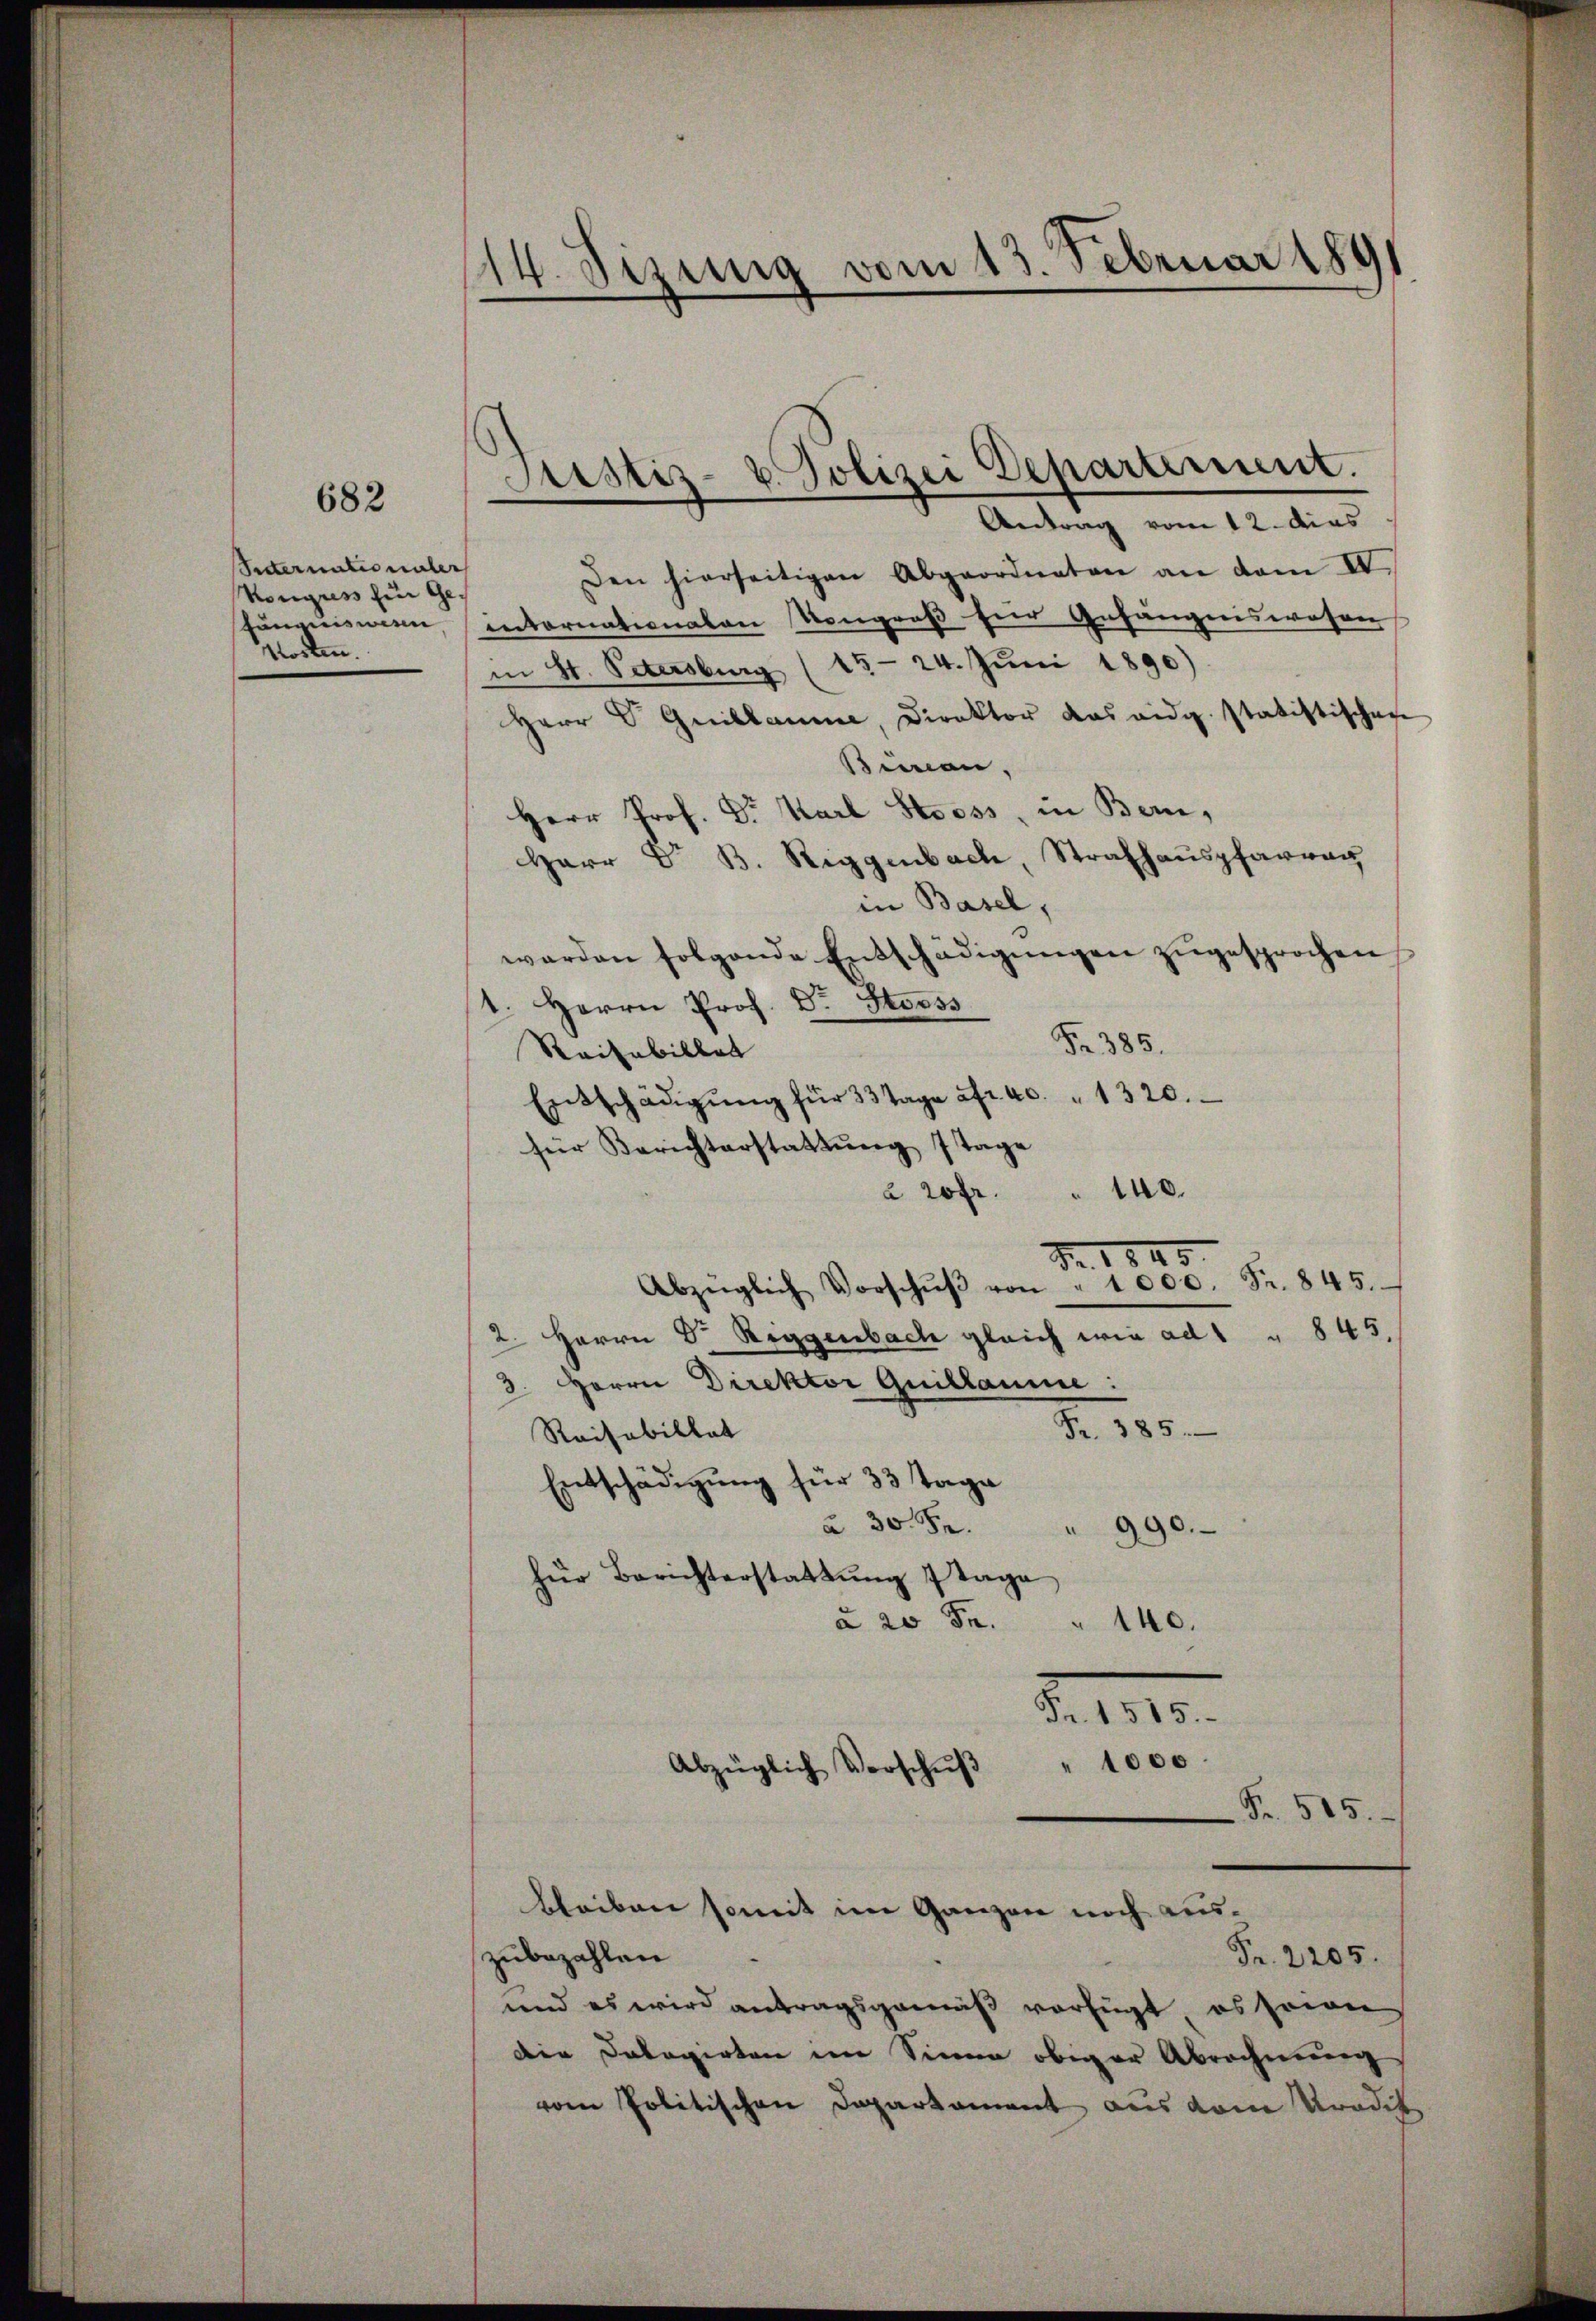
682

Secternationaler
Kongress ein Getunquis wen
Worten.

14. Sizung vom 13. Februar 1891

Justiz- u. Polizei Departement.

Antrag vom 12. dies
Den hierseitigen Abgeordneten an dem IV.
intornationalen Kongreß für Gefängniswehrer
in St. Petersburg (1524. Juni 1890)
Herr P. Guillamme, Direktor das eidg. statistischen
Beman,
Herr Prof. Dr. Karl Stooss, in Bern,
Herr Dr B. Riggenbach, Strafhauspfarren
in Basel,
werden folgende Entschädigŭngen zugesprochen
1. Herrn Prof. Dr. Stooss
Fr. 385.
Reitabillet
Entschädigŭng für 33 Tage fr. 40 " 1320.
für Berichterstattŭng 7tage
140.
à 20fr.
Nr. 1845
Abzüglich Vorschŭβ von " 1000. Fr. 845.
2. Herrn Dr. Riggenbach gleich wie ad " " 845,
3. Herrn Direktor Guillaume:
N. 110
Raisabillat
Entschädigung für 33 Tage
à 30. S.
" 990.
für Berichterstattung 7 Tage
à 20 Fr.
" 140.
N. 110.
" 1000
Abzüglich Verschŭβ
Fr. 585.

zubezahlen
und es wird antragsgemäß verfügt, es seinen
die Dolagirten im Sinne obiger Abrechnung
vom Politischen Departament aus dem Tradik

bleiben somit im Ganzen noch aus¬
Fr. 2205.